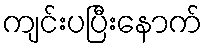
ကျင်းပပြီးနောက်